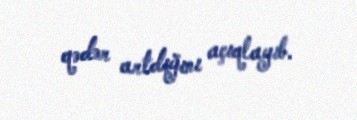
qədər artdığını açıqlayıb.